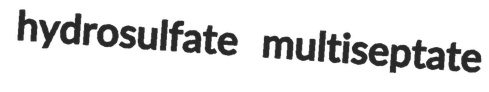
hydrosulfate multiseptate